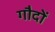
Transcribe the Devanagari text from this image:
गौदों